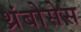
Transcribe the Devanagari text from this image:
थ्रंबोसेस